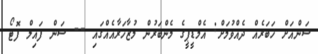
ސަންއަށް ޚަބަރެއް ދެއްވުމަށް: އެމްޑީޕީގެ މެންބަރުން މުޒާހަރާއެއްގައި -- ސަން ފައިލް ފޮޓޯ